Dysentery in Hazaribagh Central Jail - Number 52
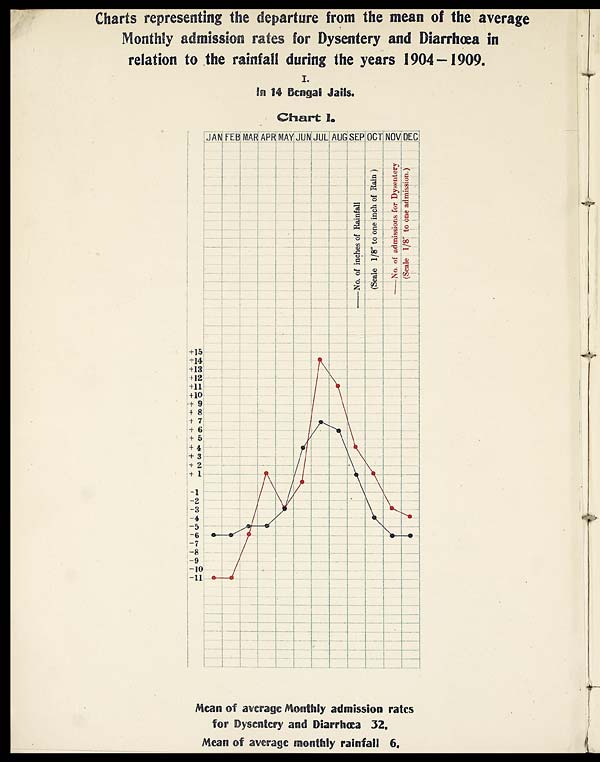
Charts representing the departure from the mean of the average
Monthly admission rates for Dysentery and Diarrhœa in
relation to the rainfall during the years 1904–1909.
C h a r t I .
Mean of average Monthly admission rates
for Dysente
ry and Diarrhœa 32.
Mean of average monthly rainfall 6.